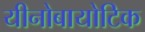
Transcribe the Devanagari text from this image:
यीनोबायोटिक